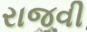
રાજવી